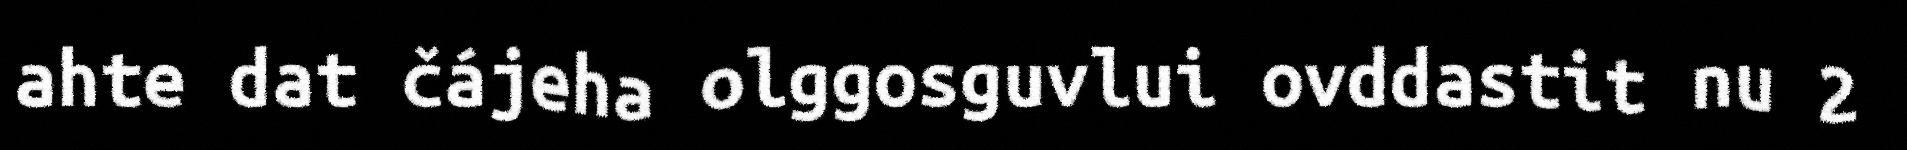
ahte dat čájeha olggosguvlui ovddastit nu 2